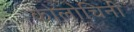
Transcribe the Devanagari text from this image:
कोलोचिनी